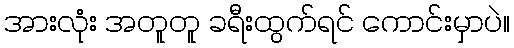
အားလုံး အတူတူ ခရီးထွက်ရင် ကောင်းမှာပဲ။